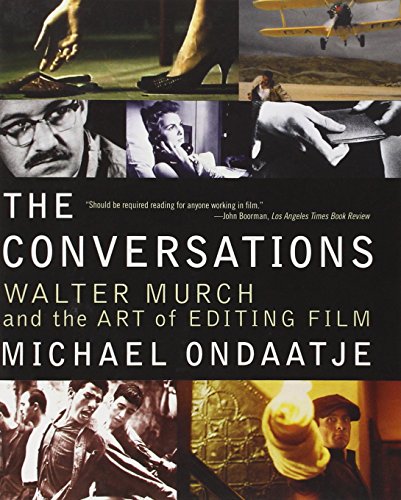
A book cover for The Conversations: Walter Murch and the Art of Editing Film; Michael Ondaatje; Humor & Entertainment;